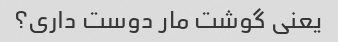
یعنی گوشت مار دوست داری؟